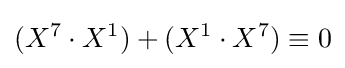
(X^{7}\cdot X^{1})+(X^{1}\cdot X^{7})\equiv 0